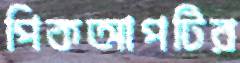
পিকআপটির